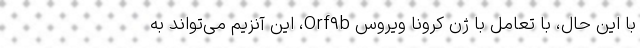
با این حال، با تعامل با ژن کرونا ویروس Orf۹b، این آنزیم می‌تواند به